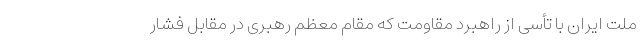
ملت ایران با تأسی از راهبرد مقاومت که مقام معظم رهبری در مقابل فشار